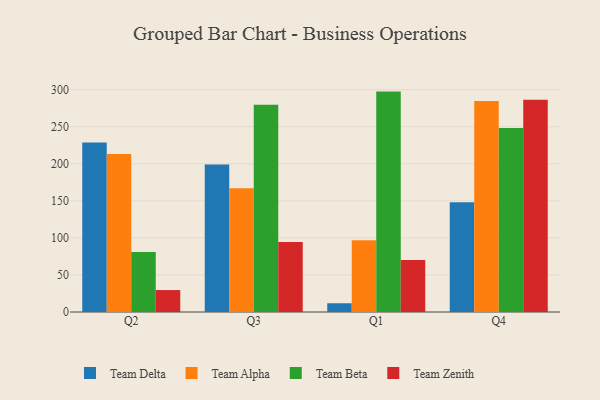
{"axis": {"x": "Quarter", "y": "Customer Acquisition Cost (USD)"}, "legend": ["Team Alpha", "Team Beta", "Team Delta", "Team Zenith"], "data": [{"x": "Q2", "y": 228.8, "type": "Team Delta"}, {"x": "Q2", "y": 213.2, "type": "Team Alpha"}, {"x": "Q2", "y": 80.9, "type": "Team Beta"}, {"x": "Q2", "y": 29.6, "type": "Team Zenith"}, {"x": "Q3", "y": 199.1, "type": "Team Delta"}, {"x": "Q3", "y": 167.0, "type": "Team Alpha"}, {"x": "Q3", "y": 279.7, "type": "Team Beta"}, {"x": "Q3", "y": 94.4, "type": "Team Zenith"}, {"x": "Q1", "y": 11.8, "type": "Team Delta"}, {"x": "Q1", "y": 96.7, "type": "Team Alpha"}, {"x": "Q1", "y": 297.4, "type": "Team Beta"}, {"x": "Q1", "y": 70.1, "type": "Team Zenith"}, {"x": "Q4", "y": 148.2, "type": "Team Delta"}, {"x": "Q4", "y": 284.7, "type": "Team Alpha"}, {"x": "Q4", "y": 248.2, "type": "Team Beta"}, {"x": "Q4", "y": 286.3, "type": "Team Zenith"}]}